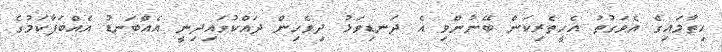
ހިތާމައިގެ އެވަގުތު އެހީތެރިކަން ބޭނުންވި އެ ދަނޑިވަޅު ދިވެހިން ދައްކުވައިދިނީ އެއްބަނޑު އެއްބަފާކަމުގެ